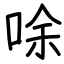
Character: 唋